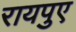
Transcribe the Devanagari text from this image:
रायपुए